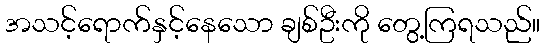
အသင့်ရောက်နှင့်နေသော ချစ်ဦးကို တွေ့ကြရသည်။